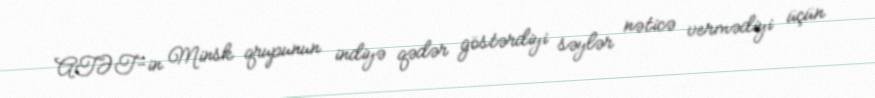
ATƏT-in Minsk qrupunun indiyə qədər göstərdiyi səylər nəticə vermədiyi üçün